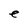
Character: e